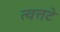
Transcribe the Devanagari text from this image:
त्वत्तटे